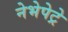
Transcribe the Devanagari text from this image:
नेभेपेट्रे